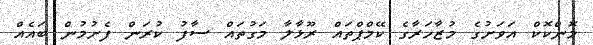
މޮންކޮކް އަވަށުގެ މުޒާހަރާގެ ކޭމްޕްތައް ރޫޅާލާ މަގުތައް ސާފު ކުރަން ފެށުމުން ބައެއް